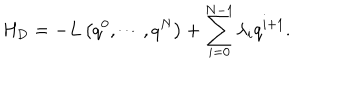
H _ { \mathrm { D } } = - L \left( q ^ { 0 } , \cdots , q ^ { N } \right) + \sum _ { i = 0 } ^ { N - 1 } \lambda _ { i } q ^ { i + 1 } .